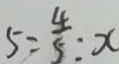
5 = \frac { 4 } { 5 } : x